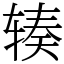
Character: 辏